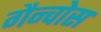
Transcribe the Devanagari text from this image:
गैन्चोस